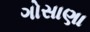
ગોસાણા